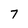
Character: 7